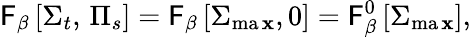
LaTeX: \mathsf{F}_{\beta}\left[\Sigma_{t},\, \Pi_{s}\right]=\mathsf{F}_{\beta}\left[\Sigma_{\operatorname*{ma\mathbf{x}}},0\right]=\mathsf{F}_{\beta}^{0}\left[\Sigma_{\operatorname*{ma\mathbf{x}}}\right],